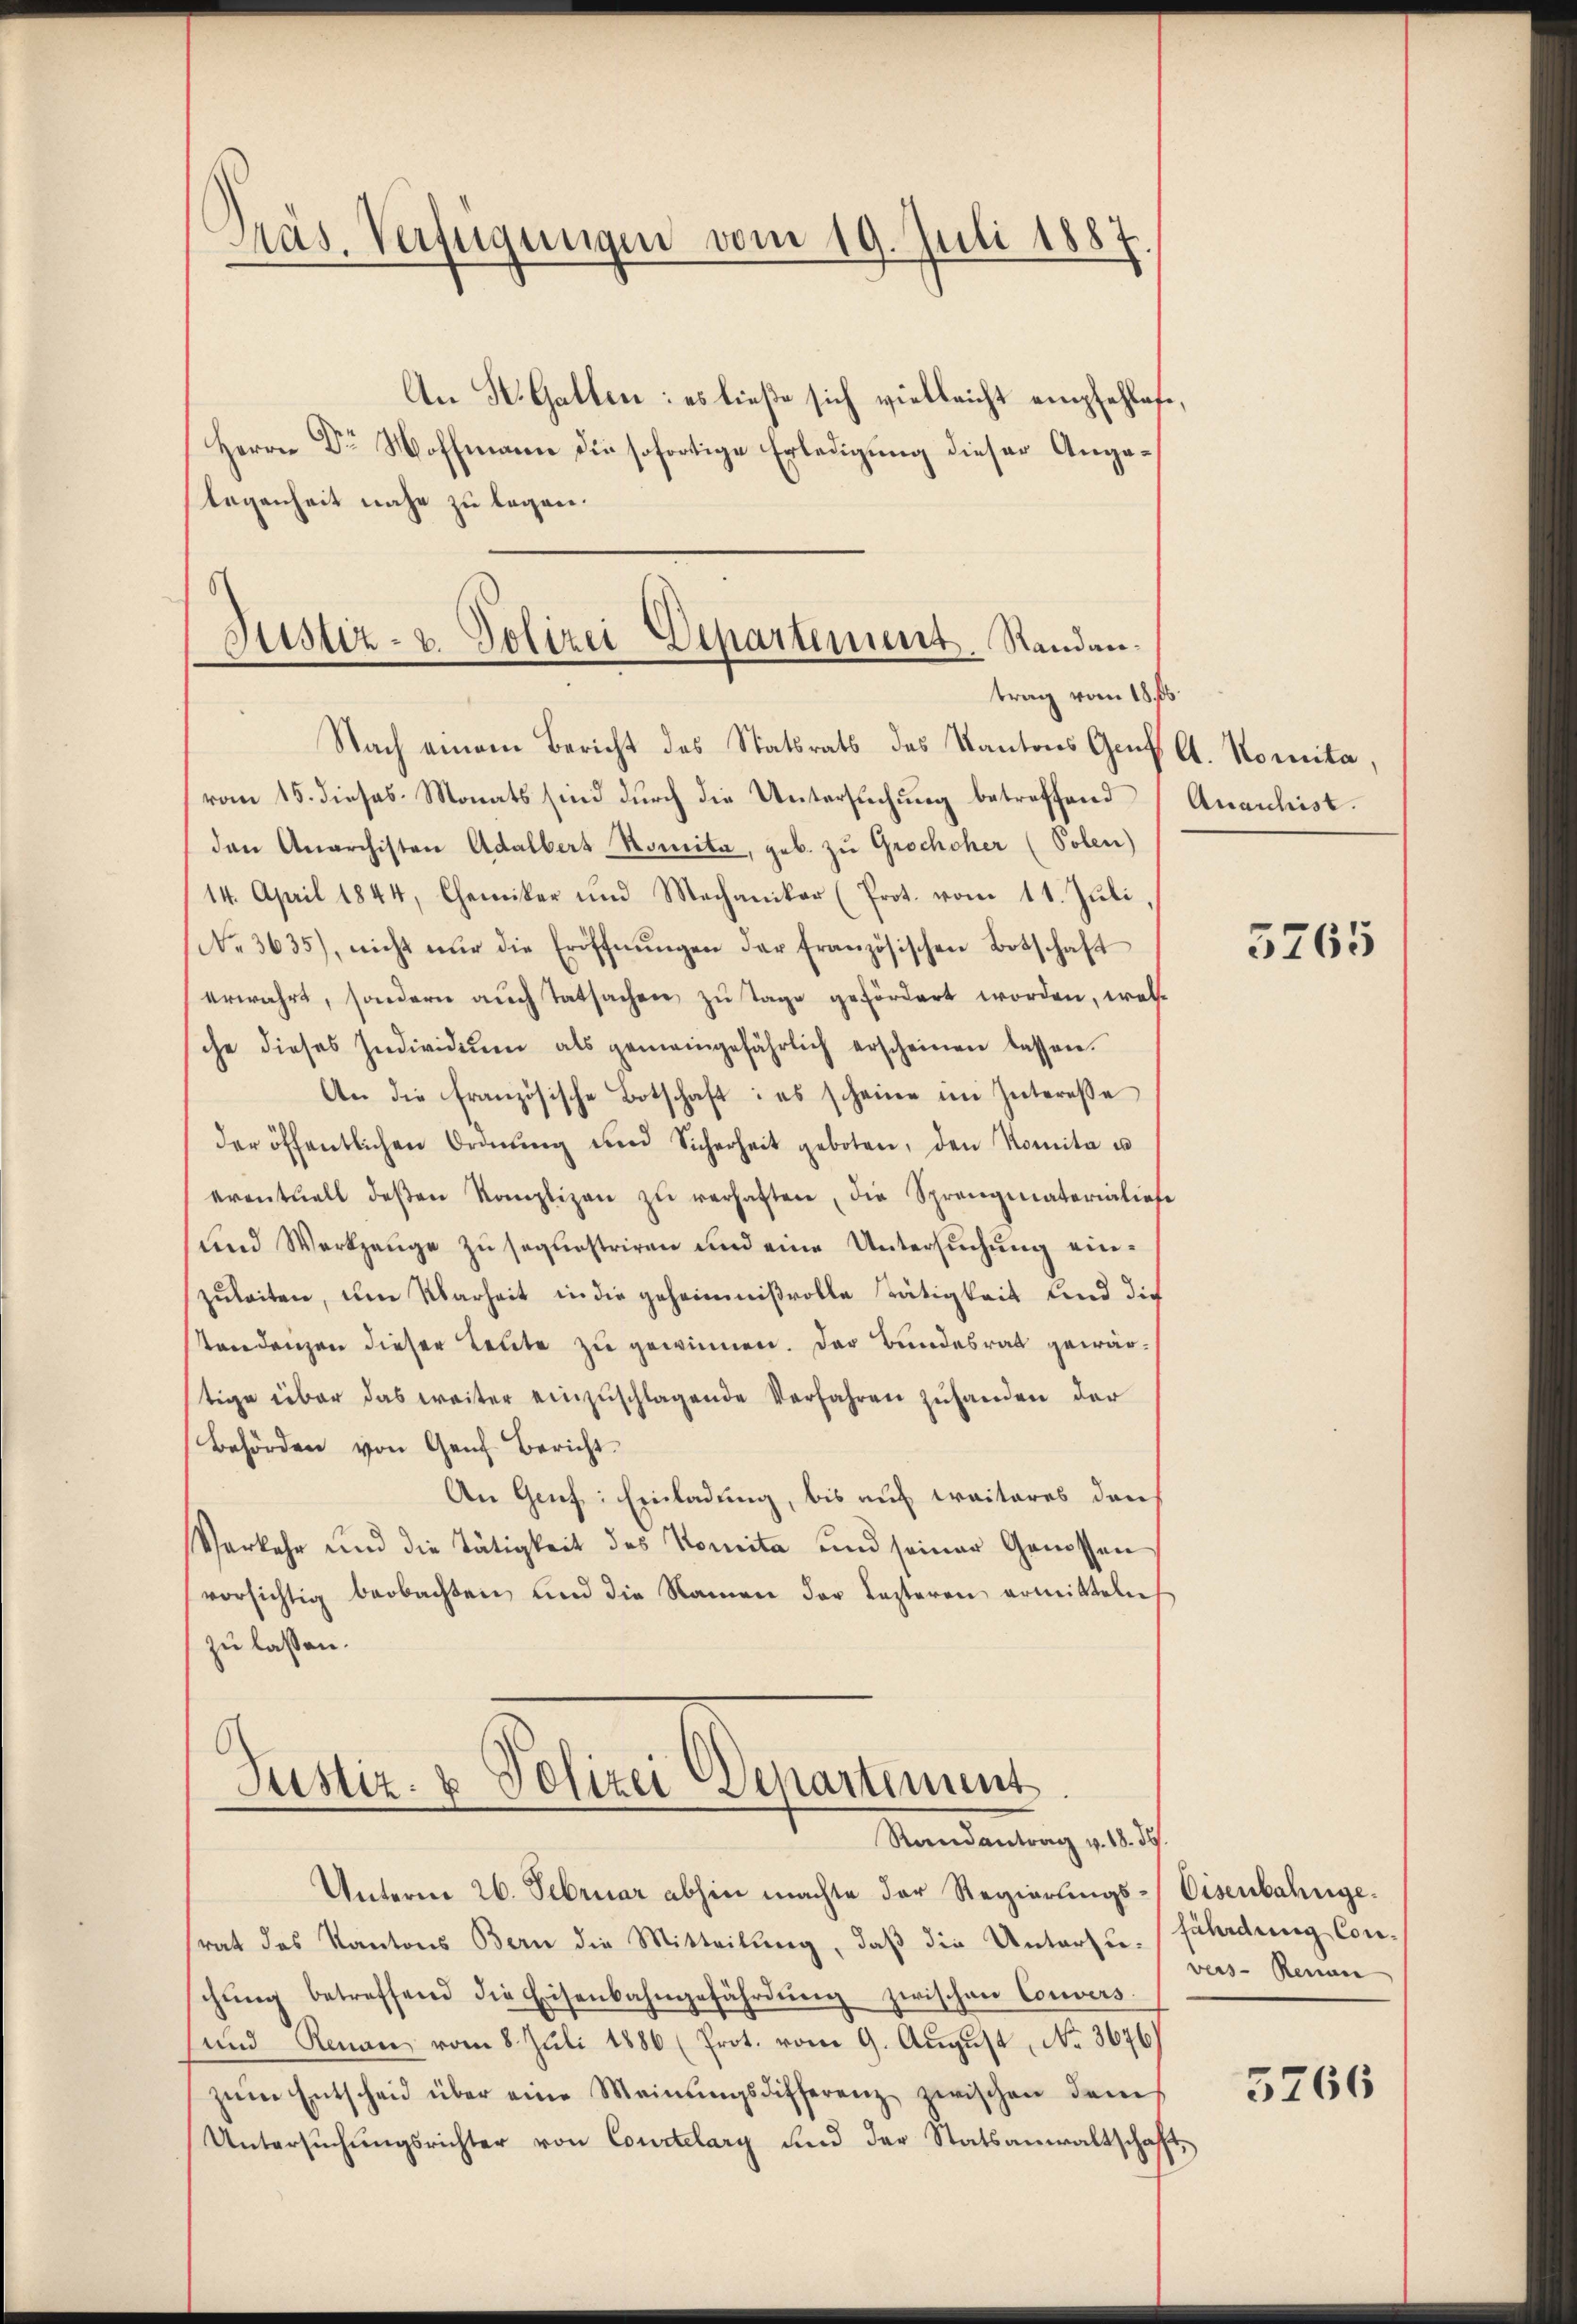
Präs. Verfügungen vom 19. Juli 1887

Justiz- u. Polizei Departement. Standantrag vom 18. ds.

An St. Gatten: es ließe sich vielleicht empfehlete,
Herrn Dr Hoffmann die sofortige Erledigung dieser Angelegenheit nahe zu legen.
Nach einem Bericht des Statsrats des Kantons Genf A. Komita
vom 15. dieses Monats sind durch die Untersuchung betreffend
den Anarchisten Adalbers Komita, geb. zu Grochoher (Polen)
14. April 1844, Chemiker und Mechaniker (Prot. vom 11. Jŭli,
No. 3635), nicht nur die Eröffnŭngen der französischen Botschaft
erwahrt, sondern aŭch tatsachen zu Tage gefördert worden, welsche dieses Individuum als gemeingefährlich erscheinen lassen.
An die französische Botschaft: es scheine im Interesse
der öffentlichen Ordnŭng und Sicherheit geboten, den Komita u
eventuell deβen Komplizen zŭ verhaften, die Sprengeaterialiefe
und Werkzeuge zu seguestriren und eine Untersuchung einzuleiten, um Klarheit in die geheimnißvolle Tätigkeit und die
Sondenzen dieser Leute zu gewinnen. Der Bundesrat gewärtige über das weiter einzuschlagende Verfahren zuhanden der
Behörden von Genf Bericht
An Genf: Einladung, bis auf traiteres den
Verkehr und die Tätigkeit des Komita und seiner Genossen
vorsichtig beobachten, und die Namen der Lezteren ermitteln
zu lassen.

Justiz- & Polizei Departiment
Randantrag v. 18. 36.

Anarchist.

Unterm 26. Februar abhin machte der Regierungs-Eisenbahngerat das Kantons Bern die Mitteilung, daß die Untersu-fährdung Conschŭng betreffend die Eisenbahngefährdŭng zwischen Convers.
und Renau vom 8. Juli 1886 (Prot. vom 9. August, No. 3676)
zem Entscheid über eine Meinŭngsdifferenz zwischen denes
Untersŭchŭngsrichter von Courtelary und der Statsanwaltschaft,

5765

vers-Rennen

5766